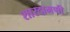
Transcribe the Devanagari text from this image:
शारदामणी